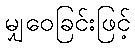
မျှဝေခြင်းဖြင့်